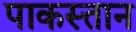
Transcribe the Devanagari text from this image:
पाकस्तान